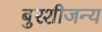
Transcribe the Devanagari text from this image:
बुरशीजन्य